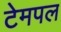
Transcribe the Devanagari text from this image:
टेमपल